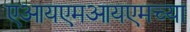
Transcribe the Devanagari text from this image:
एआयएमआयएमच्या